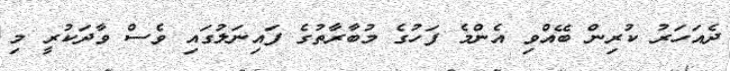
ދެއަހަރު ކުރިން ބޭއްވި އެންމެ ފަހުގެ މުބާރާތުގެ ފައިނަލުގައި ވެސް ވާދަކުރީ މި